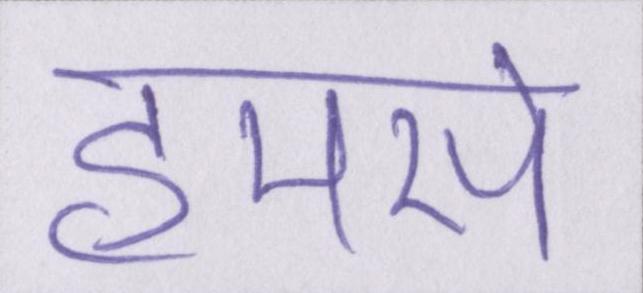
हमसे